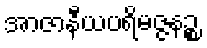
အာဇာနီယပရိမဇ္ဇနဉ္စ